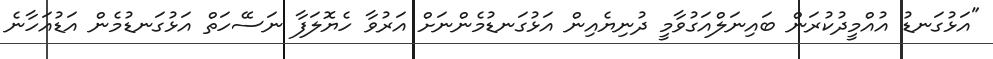
"އަޅުގަނޑު އުއްމީދުކުރަން ބައިނަލްއަގުވާމީ ދުނިޔެއިން އަޅުގަނޑުމެންނަށް އަރުވާ ހެޔޮލަފާ ނަސޭހަތް އަޅުގަނޑުމެން އަޑުއަހާނެ